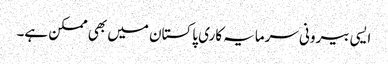
ایسی بیرونی سرمایہ کاری پاکستان میں بھی ممکن ہے۔